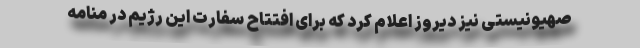
صهیونیستی نیز دیروز اعلام کرد که برای افتتاح سفارت این رژیم در منامه